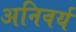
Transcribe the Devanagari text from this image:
अनिवर्य